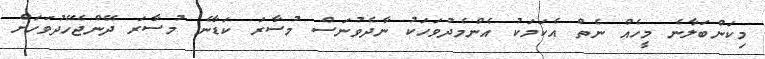
މިކަންބަލާނެ މީހެއް ނެތް އެކަމަކު އެންމެދުވަހަކު ނާދެވުނަސް މުސާރަ ކަޑާނެ މުސާރަ ދޭންޖެހޭދުވަހަށް